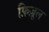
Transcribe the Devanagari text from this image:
फ़िज़ूल